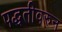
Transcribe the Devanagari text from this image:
पद्धतीवरुन